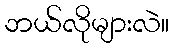
ဘယ်လိုများလဲ။